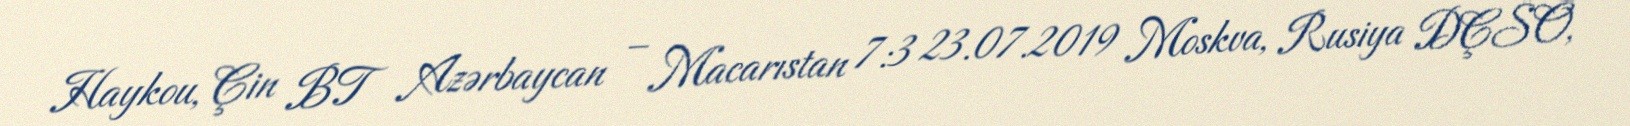
Haykou, Çin BT Azərbaycan – Macarıstan 7:3 23.07.2019 Moskva, Rusiya DÇSO,